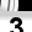
Digit: 3